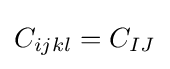
C_{ijkl}=C_{IJ}